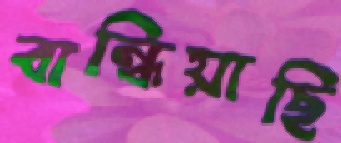
বান্ধিয়াছি